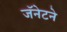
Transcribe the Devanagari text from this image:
जॅनेटने